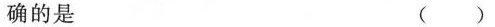
确的是 ()